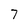
Character: 7